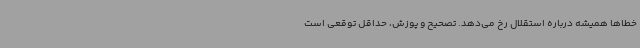
خطاها همیشه درباره استقلال رخ می‌دهد. تصحیح و پوزش، حداقل توقعی است